Document type: Enfranchisement
Year: 1297
Scribe: Jaume de Trilla
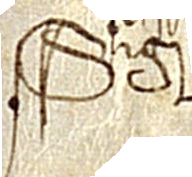
Sig